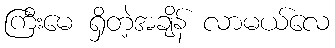
ကြီးမေ ရှိတဲ့အချိန် လာမယ်လေ